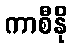
ကာစီနို